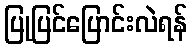
ပြုပြင်ပြောင်းလဲရန်